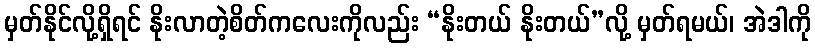
မှတ်နိုင်လို့ရှိရင် နိုးလာတဲ့စိတ်ကလေးကိုလည်း “နိုးတယ် နိုးတယ်”လို့ မှတ်ရမယ်၊ အဲဒါကို